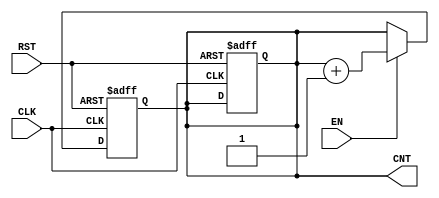
module dynamic_asynchronous_counter #(
    parameter WIDTH = 4 // Define the width of the counter
)(
    input wire CLK,        // Clock input
    input wire RST,        // Active-high asynchronous reset
    input wire EN,         // Active-high enable signal
    output reg [WIDTH-1:0] CNT // Counter output
);

    // Asynchronous reset
    always @(posedge CLK or posedge RST) begin
        if (RST) begin
            CNT <= 0; // Reset the counter to 0
        end else if (EN) begin
            CNT <= CNT + 1; // Increment the counter
        end
    end

    // Ensure that the counter retains its value when EN is low
    always @(posedge CLK or posedge RST) begin
        if (RST) begin
            CNT <= 0; // Reset the counter to 0
        end else if (!EN) begin
            CNT <= CNT; // Hold the current value
        end
    end

endmodule